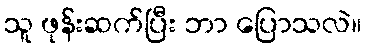
သူ ဖုန်းဆက်ပြီး ဘာ ပြောသလဲ။